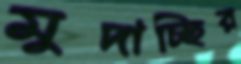
মুদাচ্ছির